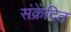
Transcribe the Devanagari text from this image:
संक्रेंदित